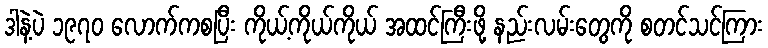
ဒါနဲ့ပဲ ၁၉၇၀ လောက်ကစပြီး ကိုယ့်ကိုယ်ကိုယ် အထင်ကြီးဖို့ နည်းလမ်းတွေကို စတင်သင်ကြား